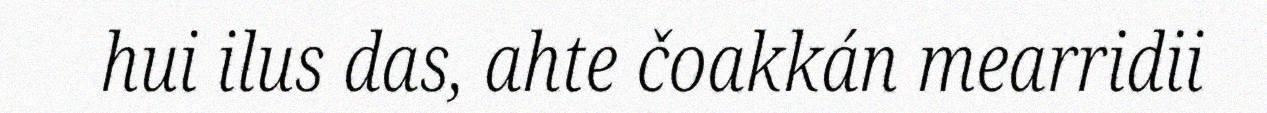
hui ilus das, ahte čoakkán mearridii